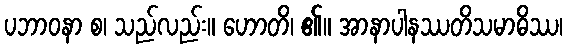
ပဘာဝနာ စ၊ သည်လည်း။ ဟောတိ၊ ၏။ အာနာပါနဿတိသမာဓိဿ၊